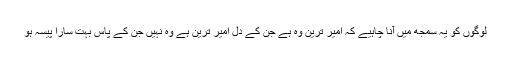
لوگوں کو یہ سمجھ میں آنا چاہیے کہ امیر ترین وہ ہے جن کے دل امیر ترین ہے وہ نہیں جن کے پاس بہت سارا پیسہ ہو